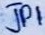
Text: JP1